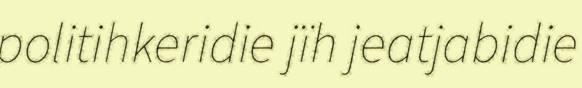
politihkeridie jïh jeatjabidie